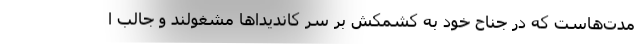
مدت‌هاست که در جناح خود به کشمکش بر سر کاندیداها مشغولند و جالب ا